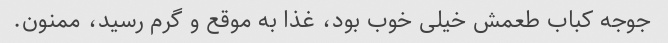
جوجه کباب طعمش خیلی خوب بود، غذا به موقع و گرم رسید، ممنون.